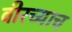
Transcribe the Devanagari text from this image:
वीरच्याच